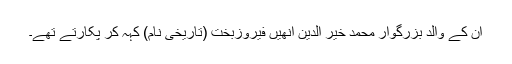
ان کے والد بزرگوار محمد خیر الدین انھیں فیروزبخت (تاریخی نام) کہہ کر پکارتے تھے۔